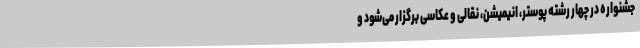
جشنواره در چهار رشته پوستر، انیمیشن، نقالی و عکاسی برگزار می‌شود و